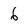
Character: 6